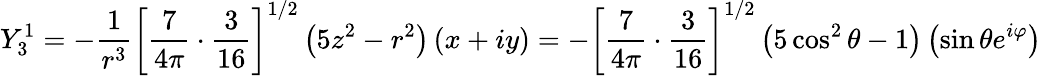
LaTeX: Y_{3}^{1}=-{\frac{1}{r^{3}}}\left[{\frac{7}{4\pi}}\cdot{\frac{3}{16}}\right]^{1/2}\left(5z^{2}-r^{2}\right)\left(x+iy\right)=-\left[{\frac{7}{4\pi}}\cdot{\frac{3}{16}}\right]^{1/2}\left(5\cos^{2}\theta-1\right)\left(\sin\theta e^{i\varphi}\right)